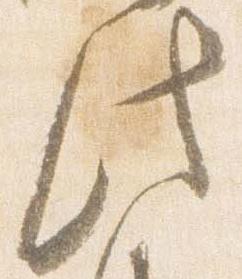
此